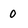
Character: 0